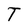
Character: T